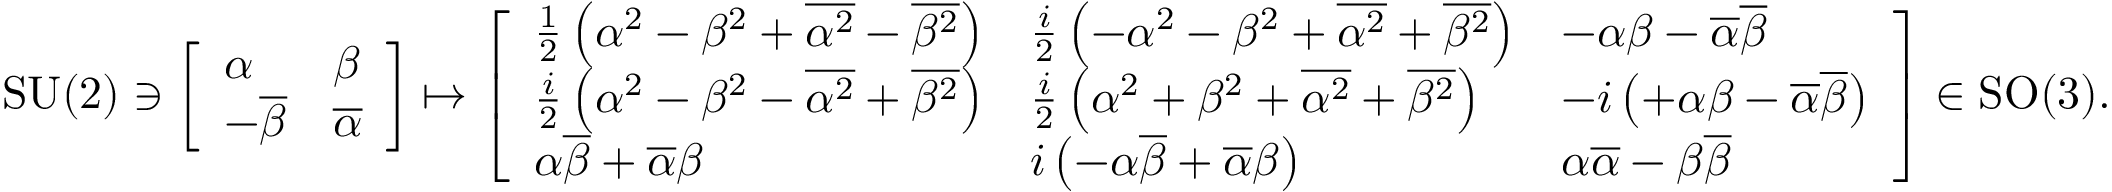
\mathrm { S U } ( 2 ) \ni { \left[ \begin{array} { l l } { \alpha } & { \beta } \\ { - { \overline { { \beta } } } } & { { \overline { { \alpha } } } } \end{array} \right] } \mapsto { \left[ \begin{array} { l l l } { { \frac { 1 } { 2 } } \left( \alpha ^ { 2 } - \beta ^ { 2 } + { \overline { { \alpha ^ { 2 } } } } - { \overline { { \beta ^ { 2 } } } } \right) } & { { \frac { i } { 2 } } \left( - \alpha ^ { 2 } - \beta ^ { 2 } + { \overline { { \alpha ^ { 2 } } } } + { \overline { { \beta ^ { 2 } } } } \right) } & { - \alpha \beta - { \overline { { \alpha } } } { \overline { { \beta } } } } \\ { { \frac { i } { 2 } } \left( \alpha ^ { 2 } - \beta ^ { 2 } - { \overline { { \alpha ^ { 2 } } } } + { \overline { { \beta ^ { 2 } } } } \right) } & { { \frac { i } { 2 } } \left( \alpha ^ { 2 } + \beta ^ { 2 } + { \overline { { \alpha ^ { 2 } } } } + { \overline { { \beta ^ { 2 } } } } \right) } & { - i \left( + \alpha \beta - { \overline { { \alpha } } } { \overline { { \beta } } } \right) } \\ { \alpha { \overline { { \beta } } } + { \overline { { \alpha } } } \beta } & { i \left( - \alpha { \overline { { \beta } } } + { \overline { { \alpha } } } \beta \right) } & { \alpha { \overline { { \alpha } } } - \beta { \overline { { \beta } } } } \end{array} \right] } \in \mathrm { S O } ( 3 ) .